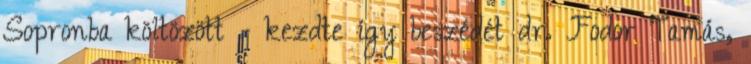
Sopronba költözött - kezdte így beszédét dr. Fodor Tamás,